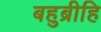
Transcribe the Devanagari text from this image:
बहुब्रीहि